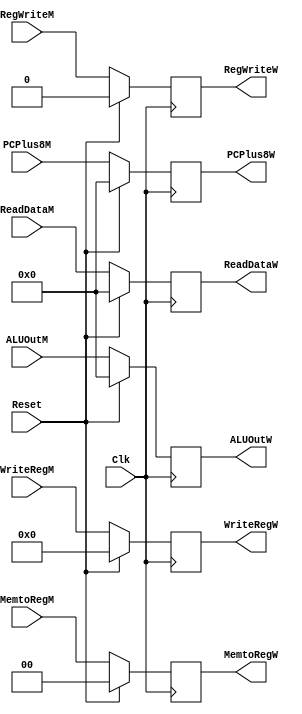
module MEMWB(
	input [31:0]ReadDataM,
	input [31:0]ALUOutM,
	input [4:0]WriteRegM,

   input [31:0]PCPlus8M,
	
	input RegWriteM,
	input [1:0]MemtoRegM,
	
	input Clk,
	input Reset,
	
	output RegWriteW,
	output [1:0]MemtoRegW,
	
	output [31:0]PCPlus8W,
	
	output [31:0]ReadDataW,
	output [31:0]ALUOutW,
	output [4:0]WriteRegW
    );
	 
	 initial begin
			readdata<=32'b0;
			aluout<=32'b0;
			writereg<=5'b0;
			regwrite<=0;
			memtoreg<=0;
			
			pcplus8<=32'b0;
	 end
	 
	 reg [31:0]pcplus8;
	 reg [31:0]readdata,aluout;
	 reg [4:0]writereg;
	 reg regwrite;
	 reg [1:0]memtoreg;
	 assign ReadDataW=readdata,
			  ALUOutW=aluout,
			  WriteRegW=writereg,
			  
			  PCPlus8W=pcplus8,
			  
			  RegWriteW=regwrite,
			  MemtoRegW=memtoreg;
	 always @(posedge Clk)begin
		if(Reset)begin
			readdata<=32'b0;
			aluout<=32'b0;
			writereg<=5'b0;
			regwrite<=0;
			memtoreg<=0;
			
			pcplus8<=32'b0;
		end
		else begin
			readdata<=ReadDataM;
			aluout<=ALUOutM;
			writereg<=WriteRegM;
	
         pcplus8<=PCPlus8M;
	
			regwrite<=RegWriteM;
			memtoreg<=MemtoRegM;
		end
	 end


endmodule